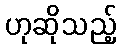
ဟုဆိုသည့်